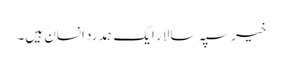
خیر سپہ سالار ایک ہمدرد انسان ہیں۔